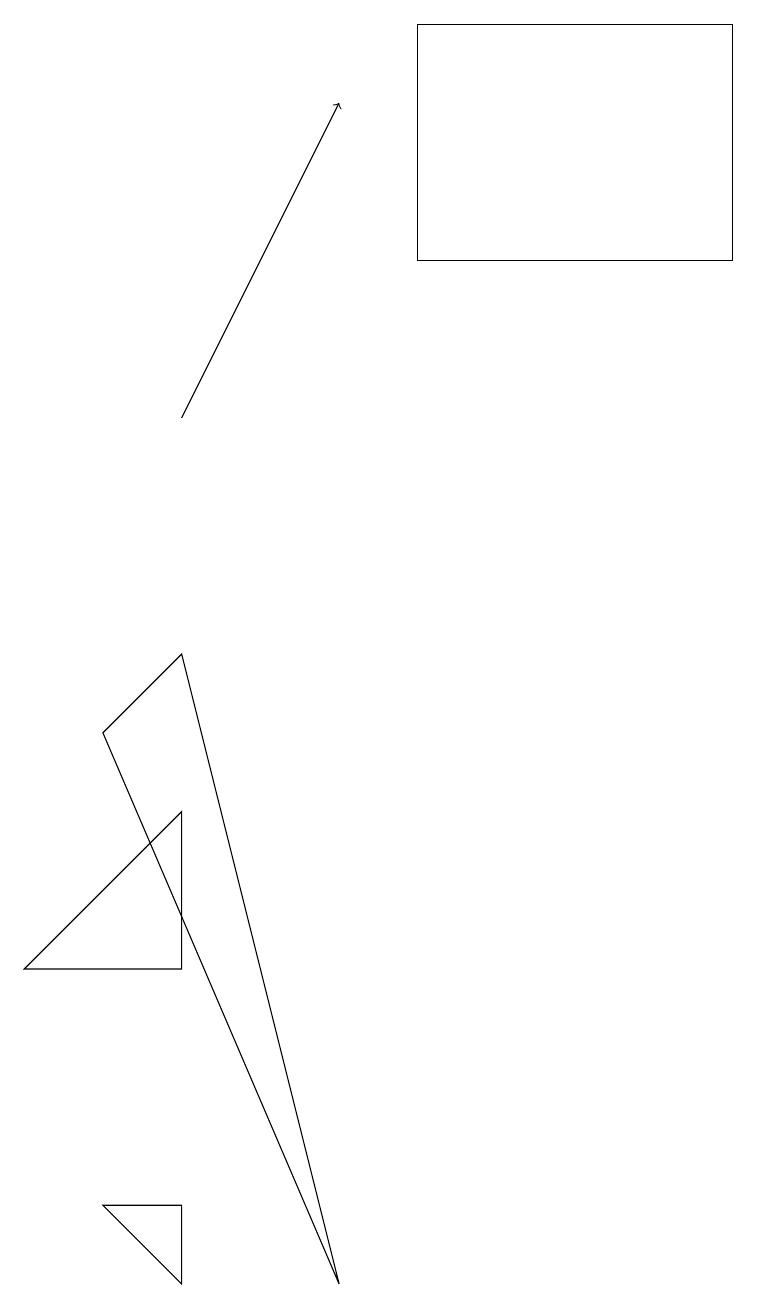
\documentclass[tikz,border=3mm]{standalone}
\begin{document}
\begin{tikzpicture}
\draw (2,5) -- (0,5) -- (2,7) -- cycle;
\draw (4,1) -- (2,9) -- (1,8) -- cycle;
\draw (5,17) rectangle (9,14);
\draw[->] (2,12) -- (4,16);
\draw (2,2) -- (2,1) -- (1,2) -- cycle;
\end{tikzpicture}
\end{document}